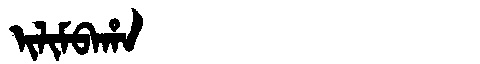
Manchu: ᡳᠯᡳᠮᠪᠠᡥᠠ
Romanization: ILIMBAHA